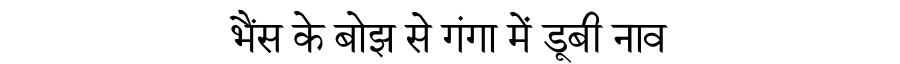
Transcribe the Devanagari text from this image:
भैंस के बोझ से गंगा में डूबी नाव